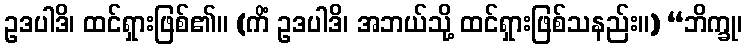
ဥဒပါဒိ၊ ထင်ရှားဖြစ်၏။ (ကိံ ဥဒပါဒိ၊ အဘယ်သို့ ထင်ရှားဖြစ်သနည်း။) “ဘိက္ခု၊